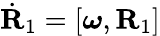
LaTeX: \dot{\mathbf R}_{1}=[\boldsymbol{\omega},{\mathbf R}_{1}]